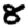
Digit: 8